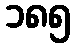
၁၈၅